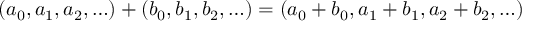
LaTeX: ( a _ { 0 } , a _ { 1 } , a _ { 2 } , \ldots ) + ( b _ { 0 } , b _ { 1 } , b _ { 2 } , \ldots ) = ( a _ { 0 } + b _ { 0 } , a _ { 1 } + b _ { 1 } , a _ { 2 } + b _ { 2 } , \ldots )